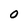
Character: O